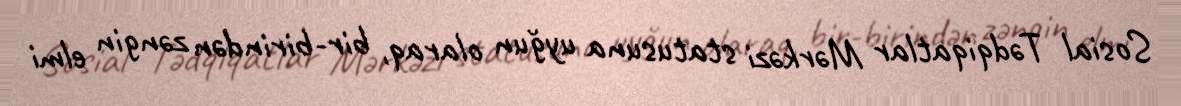
Sosial Tədqiqatlar Mərkəzi statusuna uyğun olaraq, bir-birindən zəngin elmi